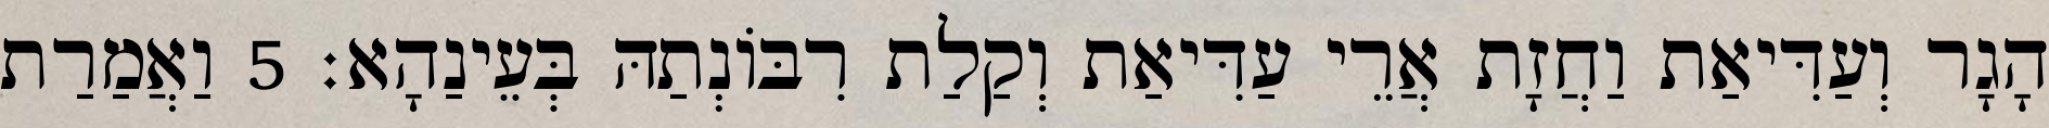
הָגָר וְעַדִּיאַת וַחֲזָת אֲרֵי עַדִּיאַת וְקַלַת רִבּוֹנְתַהּ בְּעֵינַהָא׃ 5 וַאֲמַרַת